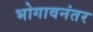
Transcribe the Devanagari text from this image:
भोगावनंतर